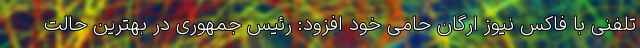
تلفنی با فاکس نیوز ارگان حامی خود افزود: رئیس جمهوری در بهترین حالت